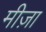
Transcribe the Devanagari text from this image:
मीज़ा